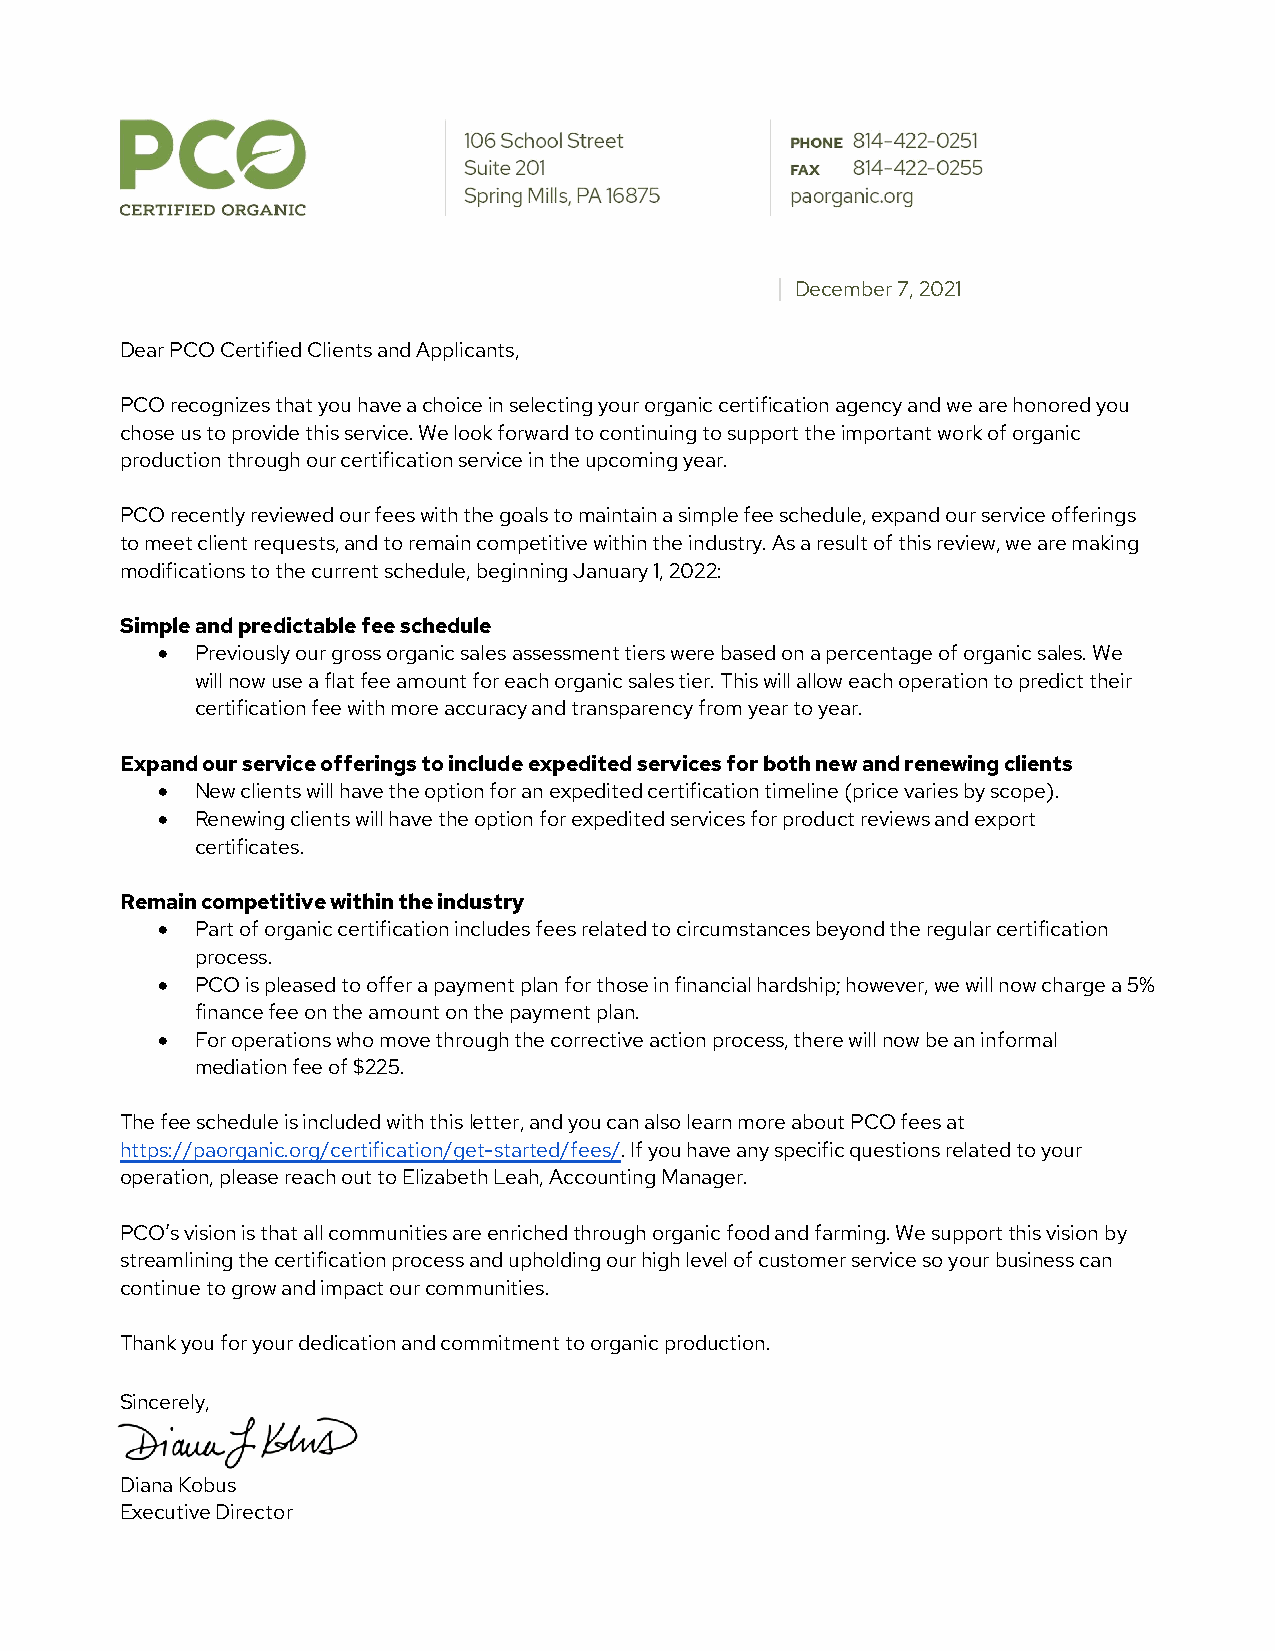
| December 7, 2021
 Dear PCO Certified Clients and Applicants,
 PCO recognizes that you have a choice in selecting your organic certification agency and we are honored you
 chose us to provide this service. We look forward to continuing to support the important work of organic
 production through our certification service in the upcoming year.
 PCO recently reviewed our fees with the goals to maintain a simple fee schedule, expand our service offerings
 to meet client requests, and to remain competitive within the industry. As a result of this review, we are making
 modifications to the current schedule, beginning January 1, 2022:
 Simple and predictable fee schedule
 •  Previously our gross organic sales assessment tiers were based on a percentage of organic sales. We
 will now use a flat fee amount for each organic sales tier. This will allow each operation to predict their
 certification fee with more accuracy and transparency from year to year.
 Expand our service offerings to include expedited services for both new and renewing clients
 •  New clients will have the option for an expedited certification timeline (price varies by scope).
 •  Renewing clients will have the option for expedited services for product reviews and export
 certificates.
 Remain competitive within the industry
 •  Part of organic certification includes fees related to circumstances beyond the regular certification
 process.
 •  PCO is pleased to offer a payment plan for those in financial hardship; however, we will now charge a 5%
 finance fee on the amount on the payment plan.
 •  For operations who move through the corrective action process, there will now be an informal
 mediation fee of $225.
 The fee schedule is included with this letter, and you can also learn more about PCO fees at
 https://paorganic.org/certification/get-started/fees/. If you have any specific questions related to your
 operation, please reach out to Elizabeth Leah, Accounting Manager.
 PCO’s vision is that all communities are enriched through organic food and farming. We support this vision by
 streamlining the certification process and upholding our high level of customer service so your business can
 continue to grow and impact our communities.
 Thank you for your dedication and commitment to organic production.
 Sincerely,
 Diana Kobus
 Executive Director